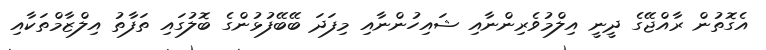
އެގޮތުން ރާއްޖޭގެ ދީނީ އިލްމުވެރިންނާއި ޝައިހުންނާއި މިފަދަ ބޭބޭފުޅުންގެ ބޮލުގައި ތަފާތު އިލްޒާމްތަކާއި